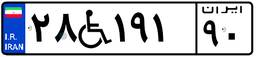
۰۳W۴۵۷۲۸